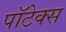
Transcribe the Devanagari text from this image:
पॉटेक्स